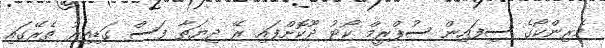
މެރިންކޯގެ ސިފައިން ސުޕްރީމް ކޯޓު ދޫކޮށްފައި ރޭ ދިޔަތާ ފަސް ގަޑިއިރު ތެރޭގައި